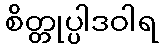
စိတ္တုပ္ပါဒဝါရ